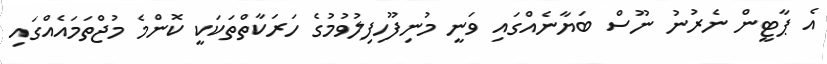
އެ ޕާޓީން ނެރުނު ނޫސް ބަޔާނެއްގައި ވަނީ މުނިފޫހިފިލުވުމުގެ ހަރަކާތްތަކަކީ ކޮންމެ މުޖްތަމައެއްގައި